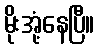
မိုးအုံ့နေပြီ။